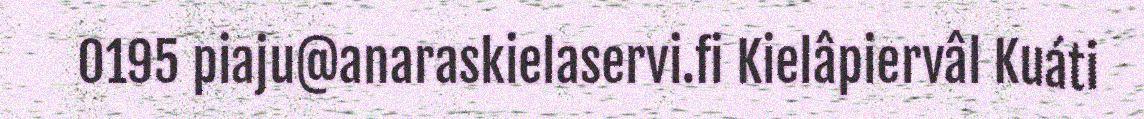
0195 piaju@anaraskielaservi.fi Kielâpiervâl Kuáti